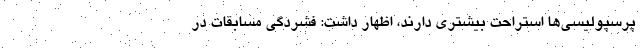
پرسپولیسی‌ها استراحت بیشتری دارند، اظهار داشت: فشردگی مسابقات در